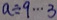
a \div 9 \cdots 3